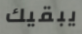
يبقيك